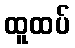
ထူထပ်